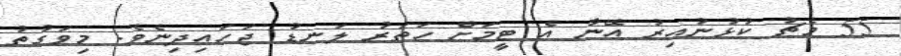
55 މެޗު ކުޅުނުއިރު އޭނާ އެ ޓީމަށް ހަތަރު ލަނޑު ޖަހައިދިނެވެ. މިވަގުތު